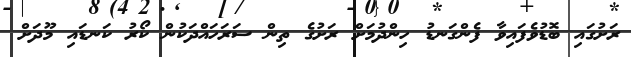
ރަށުގައި ބޮޑުވެފައިވާ ފެންގަނޑު ހިންދުމަށް ރަށުގެ ތިން ސަރަހައްދަކުން ކޯރު ކަނޑައި މޫދަށް